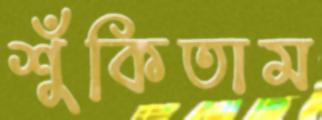
শুঁকিতাম